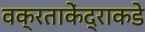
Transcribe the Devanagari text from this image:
वक्रताकेंद्राकडे